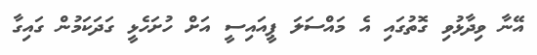
އޭނާ ވިދާޅުވި ގޮތުގައި އެ މައްސަލަ ޕީއައިސީ އަށް ހުށަހެޅީ ގަދަކަމުން ގައިގާ